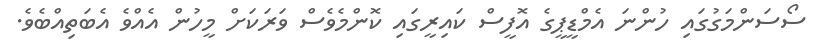
ސޯސަންމަގުގައި ހުންނަ އެމްޑީޕީގެ އޮފީސް ކައިރީގައި ކޮންމެވެސް ވަރަކަށް މީހުން އެއްވެ އެބަތިއްބެވެ.